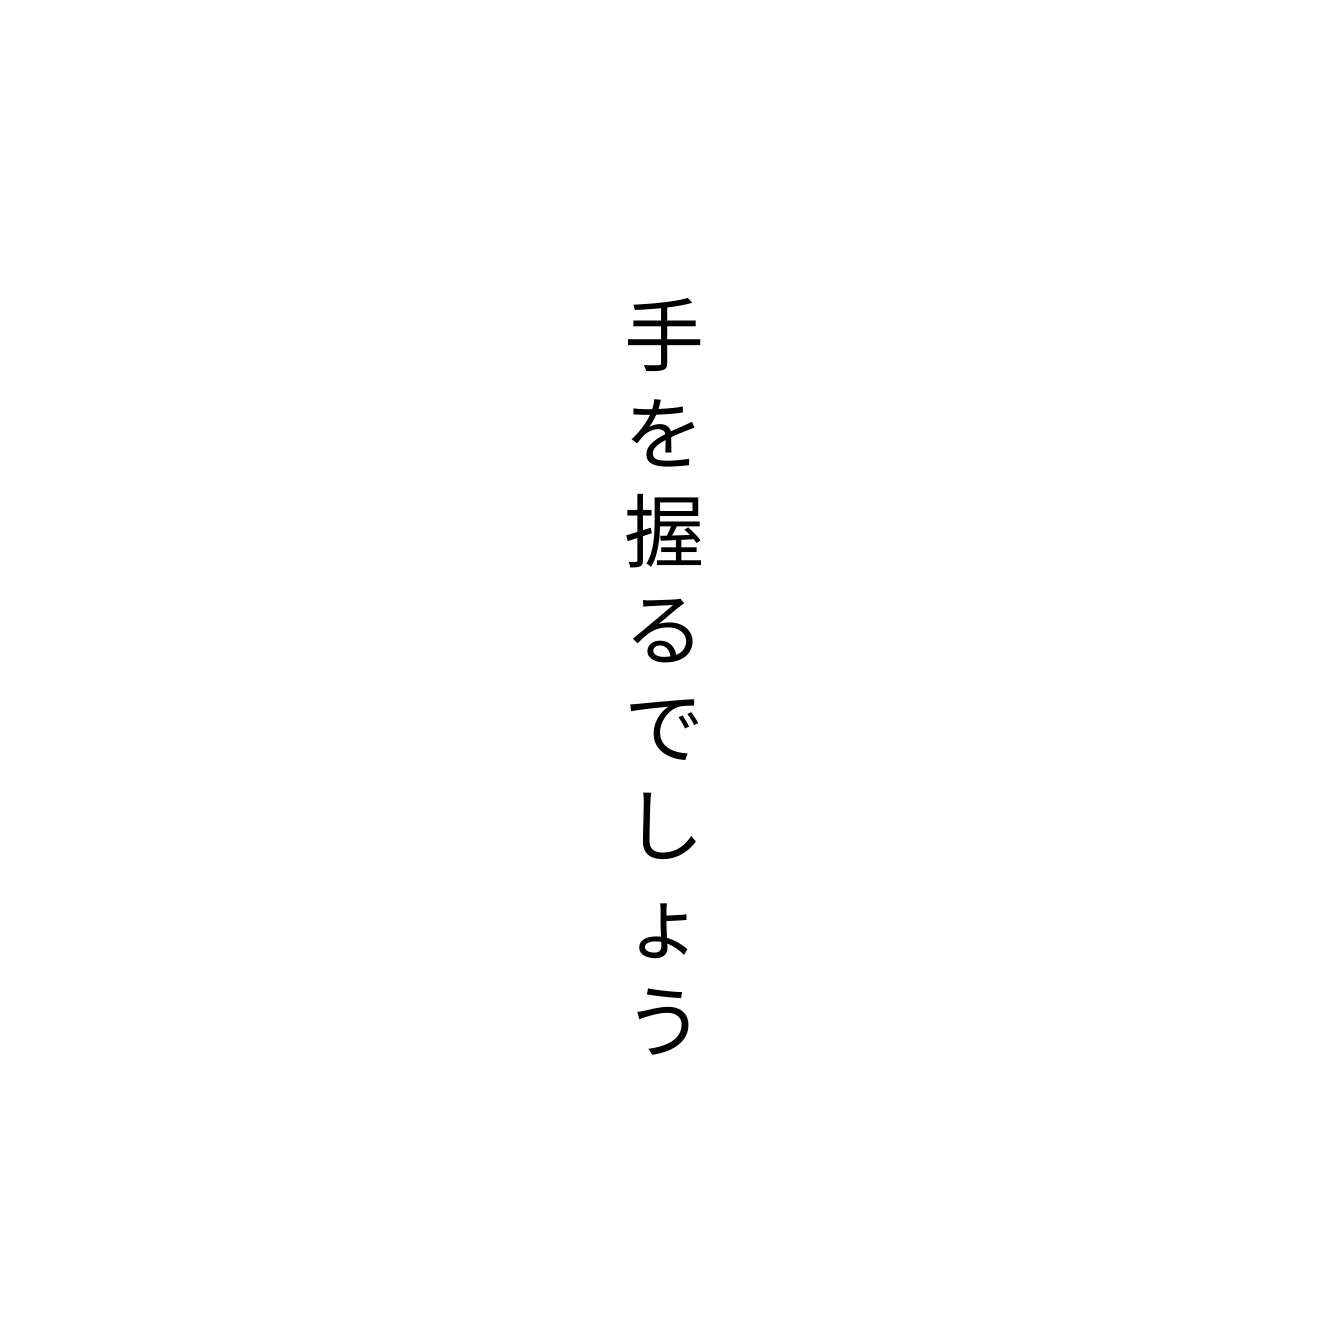
手を握るでしょう